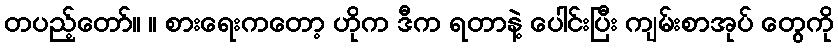
တပည့်တော်။ ။ စားရေးကတော့ ဟိုက ဒီက ရတာနဲ့ ပေါင်းပြီး ကျမ်းစာအုပ် တွေကို